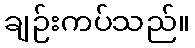
ချဉ်းကပ်သည်။